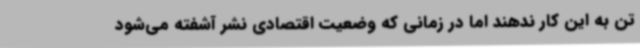
تن به این کار ندهند اما در زمانی که وضعیت اقتصادی نشر آشفته می‌شود